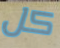
كل